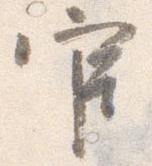
官